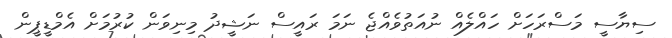
ސިޔާސީ މަސްރަހަށް ހައްލެއް ނުއަތުވެއްޖެ ނަމަ ރައީސް ނަޝީދު މިނިވަން ކުރުމަށް އެމްޑީޕީން